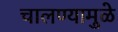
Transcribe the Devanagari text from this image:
चालण्यामुळे